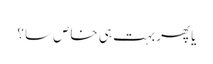
یا پھر بہت ہی خاص سا ؟